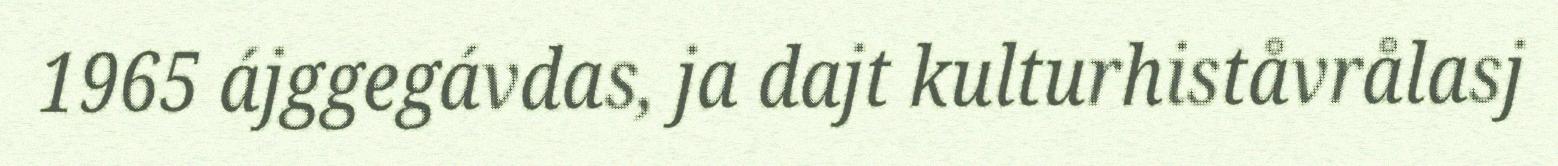
1965 ájggegávdas, ja dajt kulturhiståvrålasj